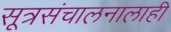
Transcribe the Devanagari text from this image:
सूत्रसंचालनालाही